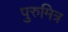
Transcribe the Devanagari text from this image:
पुरुमित्र